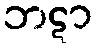
ဘဋာ